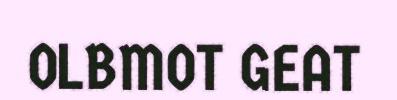
OLBMOT GEAT